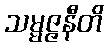
သမ္မဇ္ဇနီတိ